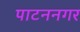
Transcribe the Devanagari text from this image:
पाटननगर